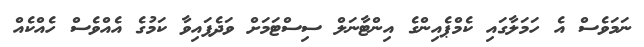
ނަމަވެސް އެ ހަމަލާގައި ކެމްޕެއިންގެ އިންޓާނަލް ސިސްޓަމަށް ވަދެފައިވާ ކަމުގެ އެއްވެސް ހެއްކެއް